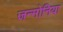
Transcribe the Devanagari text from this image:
जन्मोनिया